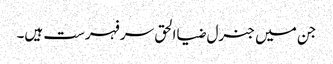
جن میں جنرل ضیاالحق سر فہرست ہیں۔